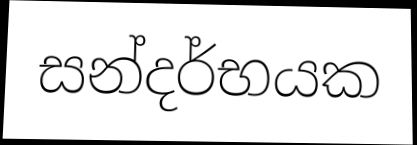
සන්දර්භයක